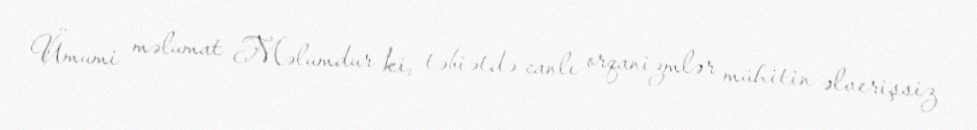
Ümumi məlumat Məlumdur ki, təbiətdə canlı orqanizmlər mühitin əlverişsiz